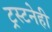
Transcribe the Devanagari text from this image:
ट्रस्टनेही